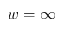
w = \infty